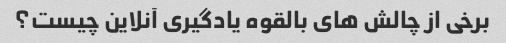
برخی از چالش های بالقوه یادگیری آنلاین چیست؟